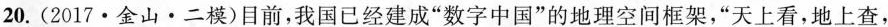
20. (2017 · 金山·二模)目前，我国已经建成”数字中国”的地理空间框架，”天上看，地上查，